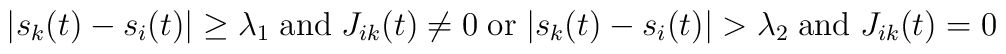
|s_k(t)-s_i(t)|\ge\lambda_1\;\mbox{and}\;J_{ik}(t)\neq  0\;\mbox{or}\;  |s_k(t)-s_i(t)|>\lambda_2\;\mbox{and}\;J_{ik}(t)=0